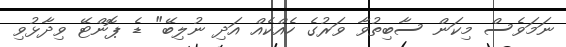
ނަމަވެސް މިކަން ސާބިތުވާ ވަރުގެ ހެއްކެއް އަދި ނުލިބޭ" ޑެ ޕޮންޓޭ ވިދާޅުވި